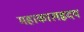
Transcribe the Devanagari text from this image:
महाकालहृदय